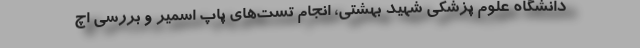
دانشگاه علوم پزشکی شهید بهشتی، انجام تست‌های پاپ اسمیر و بررسی اچ